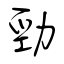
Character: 勁